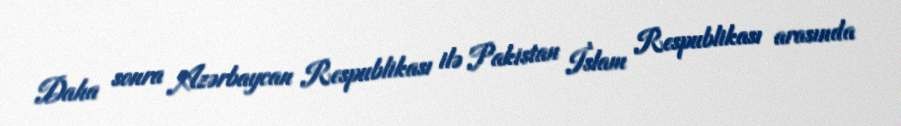
Daha sonra Azərbaycan Respublikası ilə Pakistan İslam Respublikası arasında